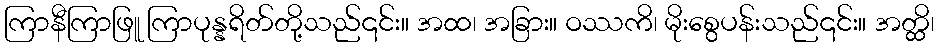
ကြာနီကြာဖြူ ကြာပုန္နရိတ်တို့သည်၎င်း။ အထ၊ အခြား။ ဝဿကိ၊ မိုးစွေပန်းသည်၎င်း။ အတ္ထိ၊